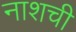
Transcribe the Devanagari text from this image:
नाशची